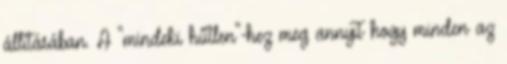
állításában. A "mindeki hűtlen"-hez meg annyit hogy minden az